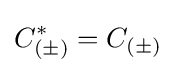
C_{(\pm )}^{*}=C_{(\pm )}